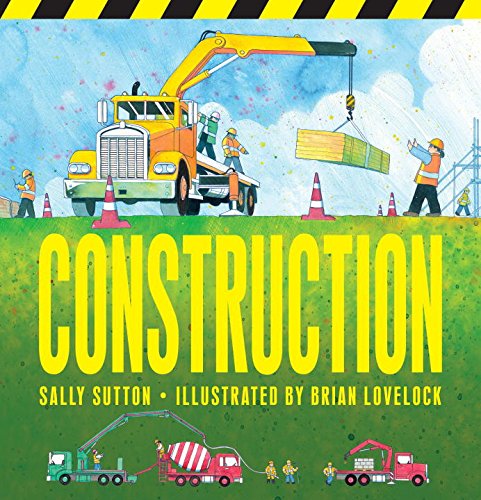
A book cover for Construction; Sally Sutton; Children's Books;